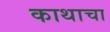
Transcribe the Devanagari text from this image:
काथाचा